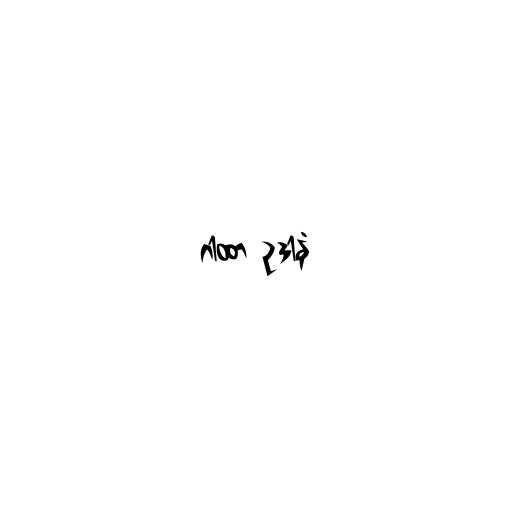
ဂါထာ ဥဒါနံ